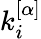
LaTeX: k_{i}^{[\alpha]}